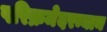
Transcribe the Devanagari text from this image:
परिक्रमेदरम्यान